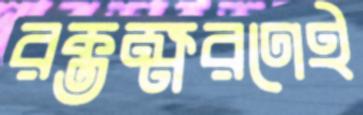
রক্তক্ষরণেই